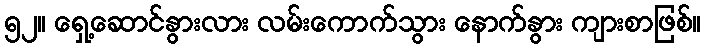
၅၂။ ရှေ့ဆောင်နွားလား လမ်းကောက်သွား နောက်နွား ကျားစာဖြစ်။